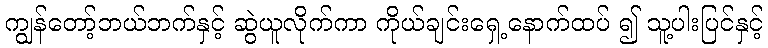
ကျွန်တော့်ဘယ်ဘက်နှင့် ဆွဲယူလိုက်ကာ ကိုယ်ချင်းရှေ့နောက်ထပ် ၍ သူ့ပါးပြင်နှင့်